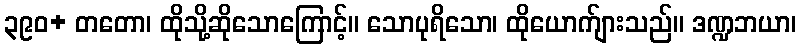
၃၉၀+ တတော၊ ထိုသို့ဆိုသောကြောင့်။ သောပုရိသော၊ ထိုယောက်ျားသည်။ ဒဏ္ဍဘယာ၊